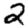
Digit: 2